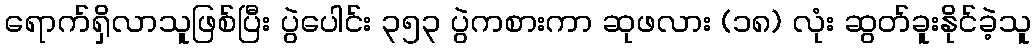
ရောက်ရှိလာသူဖြစ်ပြီး ပွဲပေါင်း ၃၅၃ ပွဲကစားကာ ဆုဖလား (၁၈) လုံး ဆွတ်ခူးနိုင်ခဲ့သူ